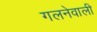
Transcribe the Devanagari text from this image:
गलनेवाली